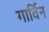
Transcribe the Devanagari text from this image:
गार्विन